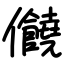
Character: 𠑬